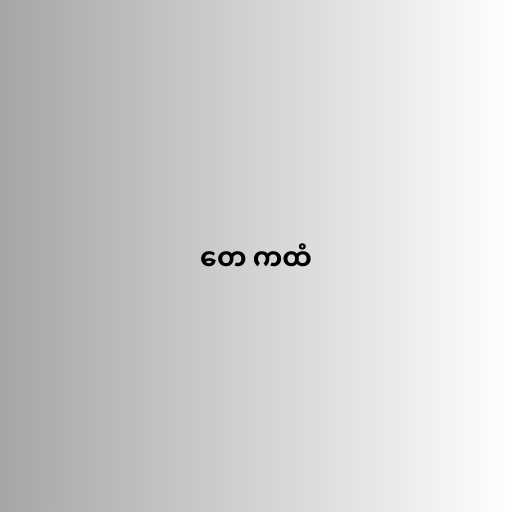
တေ ကထံ